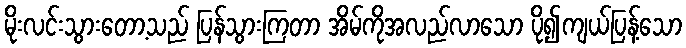
မိုးလင်းသွားတော့သည် ပြန်သွားကြတာ အိမ်ကိုအလည်လာသော ပို၍ကျယ်ပြန့်သော